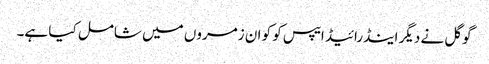
گوگل نے دیگر اینڈرائیڈ ایپس کو کو ان زمروں میں شامل کیا ہے۔